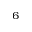
^ 6